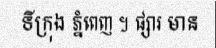
ទីក្រុង ភ្នំពេញ ។ ផ្សារ មាន